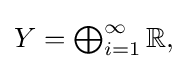
{\textstyle Y=\bigoplus _{i=1}^{\infty }\mathbb {R} ,}